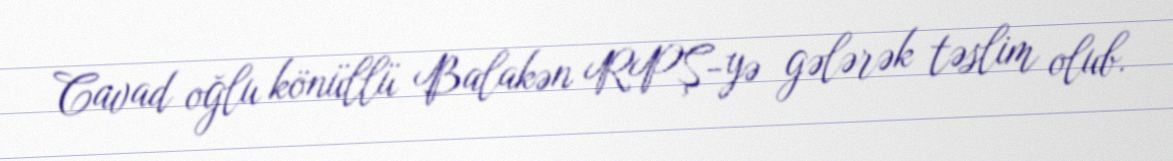
Cavad oğlu könüllü Balakən RPŞ-yə gələrək təslim olub.